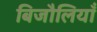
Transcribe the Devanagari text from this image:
बिजौलियाँ